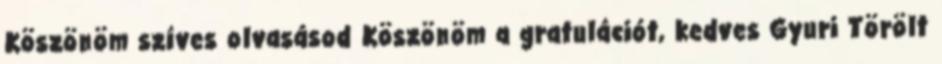
Köszönöm szíves olvasásod Köszönöm a gratulációt, kedves Gyuri Törölt